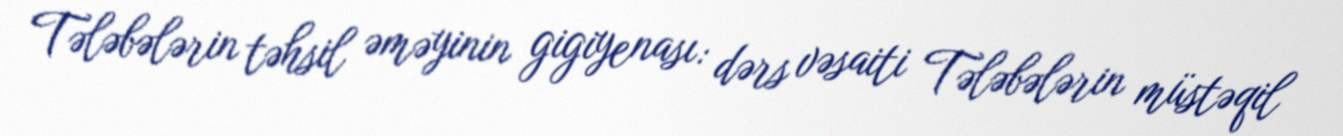
Tələbələrin təhsil əməyinin gigiyenası: dərs vəsaiti Tələbələrin müstəqil